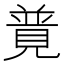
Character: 𧡟